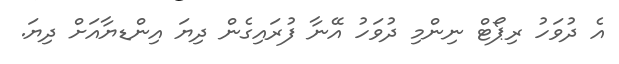
އެ ދުވަހު ރިޕޯޓް ނިންމި ދުވަހު އޭނާ ފުރައިގެން ދިޔަ އިންޑޔާއަށް ދިޔަ.